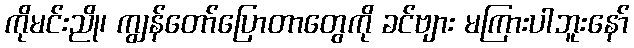
ကိုမင်းညို၊ ကျွန်တော်ပြောတာတွေကို ခင်ဗျား မကြားပါဘူးနော်